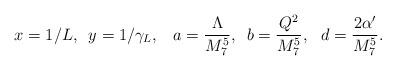
LaTeX: \begin{align*}x= 1/L,\,\,\, y = 1/\gamma_{L},\,\,\,\ a= \frac{\Lambda}{M_{7}^5},\,\,\,b=\frac{Q^2}{M_{7}^5},\,\,\,\, d = \frac{2 \alpha'}{M_{7}^5}.\end{align*}